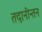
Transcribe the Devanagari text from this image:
तदानीन्तन